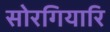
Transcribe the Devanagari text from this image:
सोरगियारि